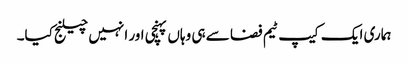
ہماری ایک کیپ ٹیم فضا سے ہی وہاں پہنچی اور انہیں چیلنج کیا۔